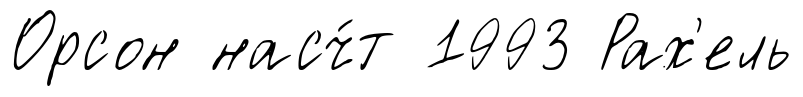
Орсон насч́т 1993 Рах'ель